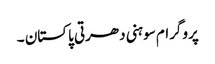
پروگرام سوہنی دھرتی پاکستان ۔